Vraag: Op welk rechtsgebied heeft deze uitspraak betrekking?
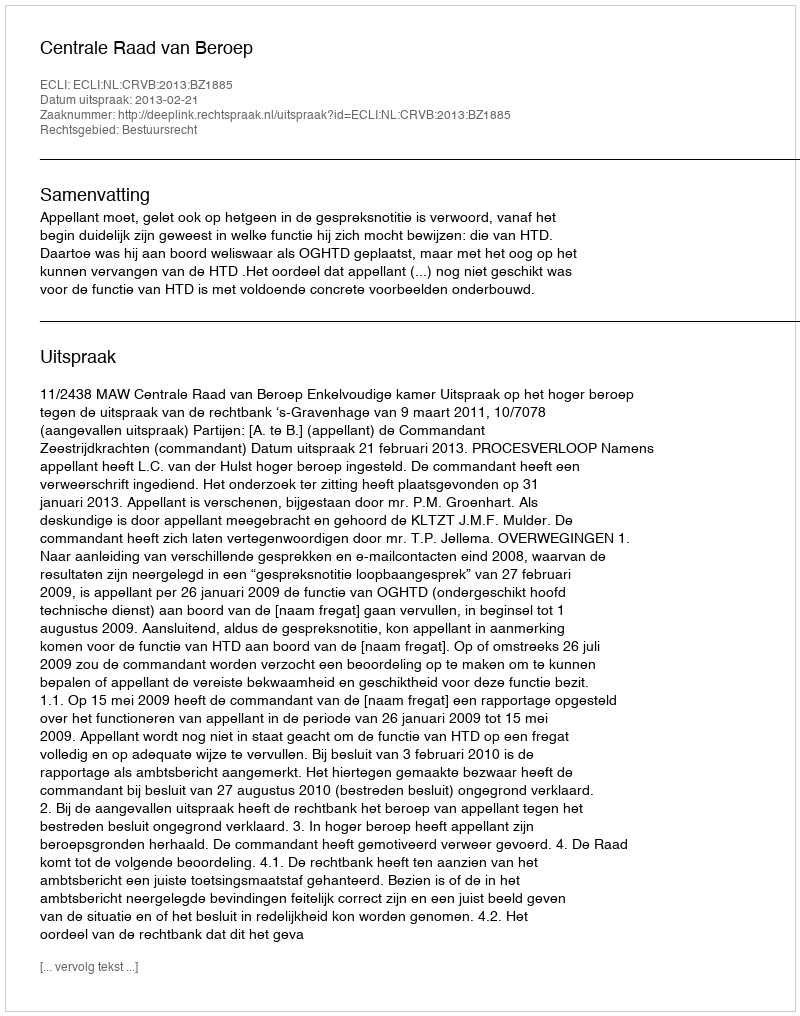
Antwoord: Bestuursrecht